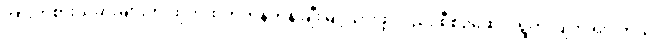
အားကစားသမားများကို ထိုက်ထိုက်တန်တန် ချီးမြှင့်သွားဖို့ လည်း စီစဉ်ဆောင်ရွက်လျက် ရှိပါတယ်။